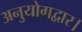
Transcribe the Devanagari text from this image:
अनुयोगद्वार।